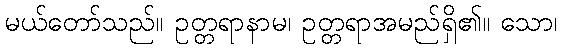
မယ်တော်သည်။ ဥတ္တရာနာမ၊ ဥတ္တရာအမည်ရှိ၏။ သော၊